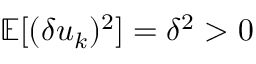
\mathbb { E } [ ( \delta u _ { k } ) ^ { 2 } ] = \delta ^ { 2 } > 0